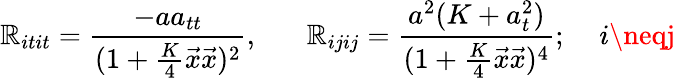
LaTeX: \mathbb{R}_{itit}=\frac{{-aa_{tt}}}{{(1+\frac{{K}}{{4}}\vec{{x}}\vec{{x}})^{2}}},\; \; \; \; \; \; \mathbb{R}_{ijij}=\frac{{a^{2}(K+a_{t}^{2})}}{{(1+\frac{{K}}{{4}}\vec{{x}}\vec{{x}})^{4}}};\; \; \; \; i\neqj